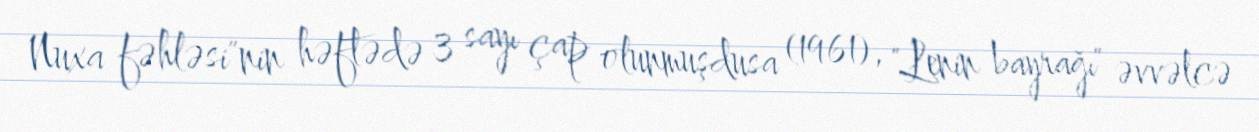
Nuxa fəhləsi"nin həftədə 3 sayı çap olunmuşdusa (1961), "Lenin bayrağı" əvvəlcə